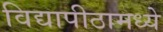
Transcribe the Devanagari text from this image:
विद्यापीठामध्‍ये